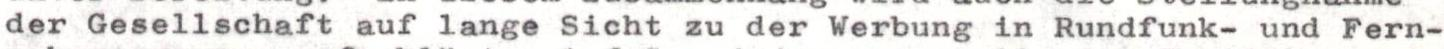
der Gesellschaft auf lange Sicht zu der Werbung in Rundfunk- und Fern-